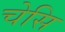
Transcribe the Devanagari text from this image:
चेसि